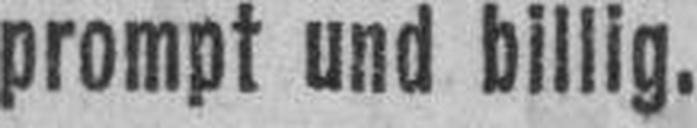
prompt und billig.